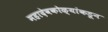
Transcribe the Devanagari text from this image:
महादेवकोळ्यांकडून